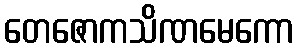
တေဇောကသိဏမေကော